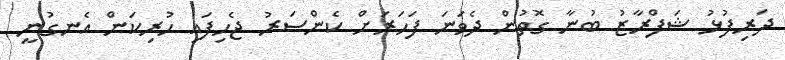
ދަރިފުޅު ޝަފްރާޒު ބުނާ ގޮތުން ދެވަނަ ފަހަރަށް ކެންސަރު ޖެހިފައި ހުރިކަން އެނގުނީ